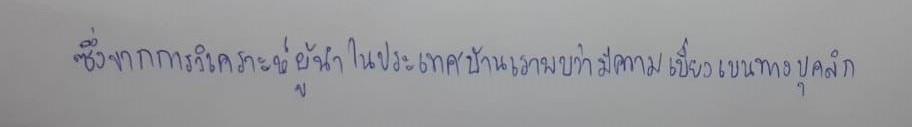
ซึ่งจากการวิเคราะห์ผู้นำในประเทศบ้านเราพบว่ามีความเบี่ยงเบนทางบุคลิก